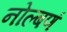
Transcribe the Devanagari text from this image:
नोल्बणं